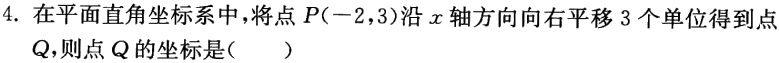
4. 在平面直角坐标系中，将点\(P(-2,3)\)沿\(x\)轴方向向右平移\(3\)个单位得到点\(Q\)，则点\(Q\)的坐标是（  ）